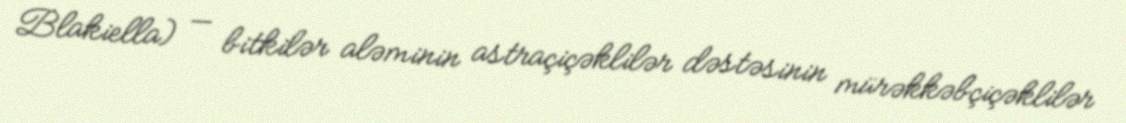
Blakiella) — bitkilər aləminin astraçiçəklilər dəstəsinin mürəkkəbçiçəklilər